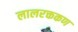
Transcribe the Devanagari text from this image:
लालरक्तकण